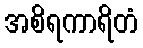
အစိရကာရိတံ